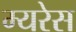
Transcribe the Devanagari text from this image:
म्यरेस